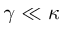
\gamma \ll \kappa